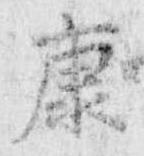
康